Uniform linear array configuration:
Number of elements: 16
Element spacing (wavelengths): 1
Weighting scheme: hann
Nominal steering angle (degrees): -30
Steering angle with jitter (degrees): -30.173
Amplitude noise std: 0.05
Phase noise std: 0.05

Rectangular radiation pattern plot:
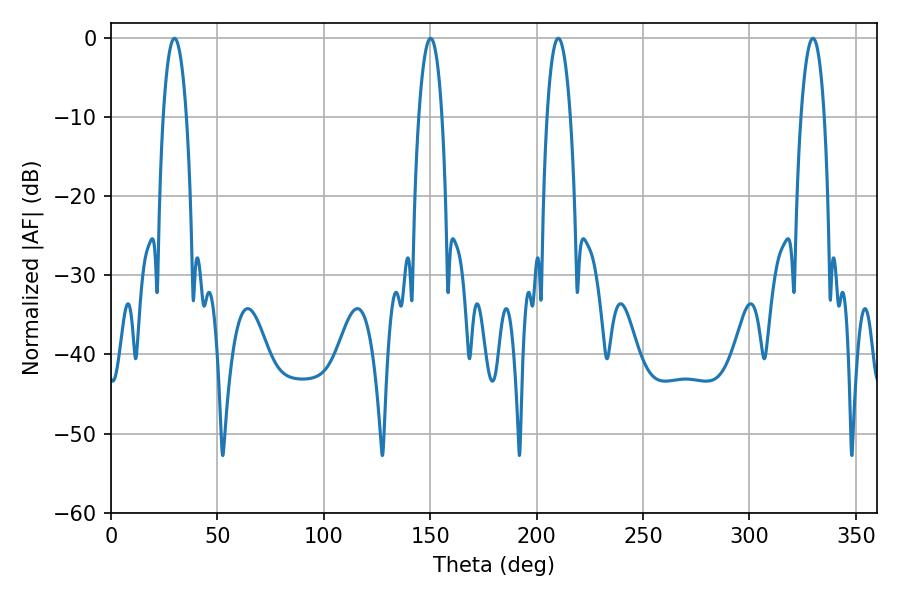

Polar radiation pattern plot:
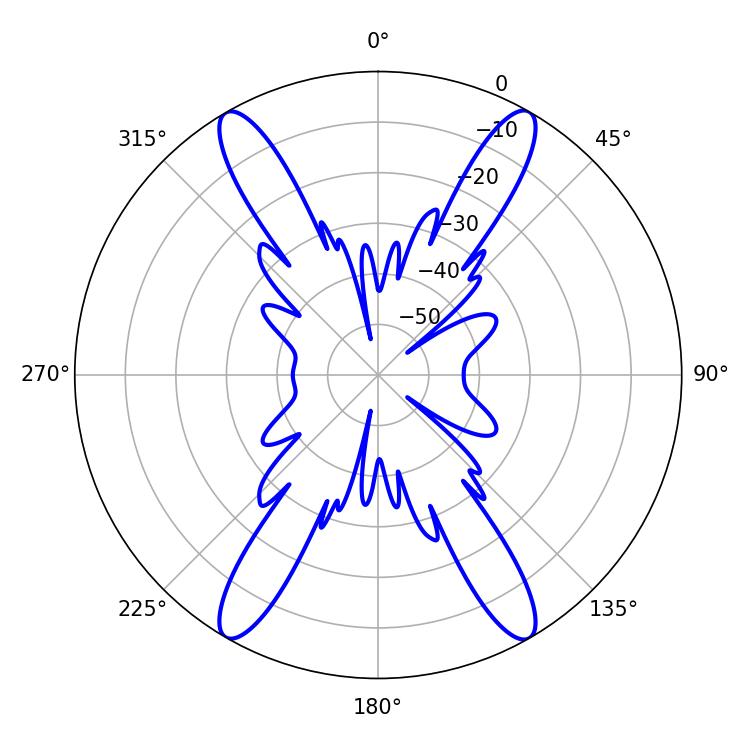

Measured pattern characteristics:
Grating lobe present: TRUE
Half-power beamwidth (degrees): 6.12
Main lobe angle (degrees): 29.88